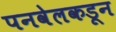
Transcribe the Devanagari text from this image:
पनवेलकडून